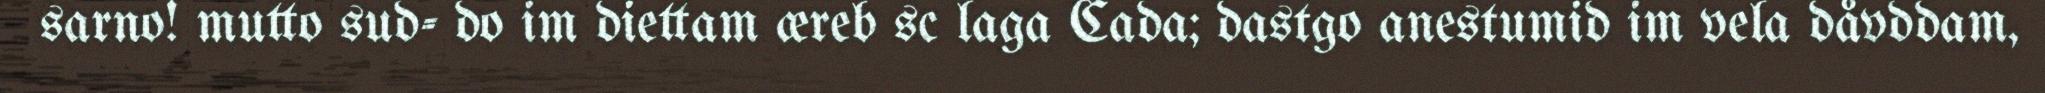
sarno! mutto sud- do im diettam æreb sc laga Cada; dastgo anestumid im vela dåvddam,